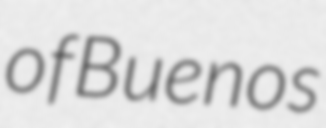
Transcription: of Buenos